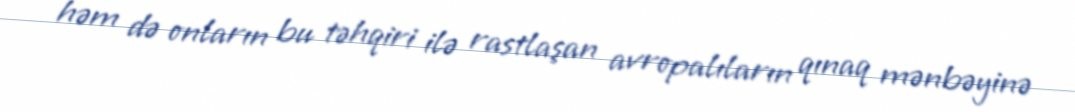
həm də onların bu təhqiri ilə rastlaşan avropalıların qınaq mənbəyinə